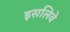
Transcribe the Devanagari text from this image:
इसलिवे